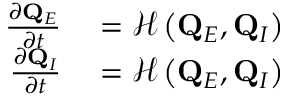
\begin{array} { r l } { \frac { \partial \mathbf { Q } _ { E } } { \partial t } } & { { } = \mathcal { H } \left( \mathbf { Q } _ { E } , \mathbf { Q } _ { I } \right) } \\ { \frac { \partial \mathbf { Q } _ { I } } { \partial t } } & { { } = \mathcal { H } \left( \mathbf { Q } _ { E } , \mathbf { Q } _ { I } \right) } \end{array}